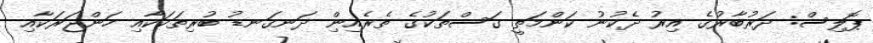
ޕޮލިސް: ދަރުބާރުގެ އިރު ދެކުނު ކަންމަތީ ގަސްތަކުގެ ތެރެއިނިް ދަނގަނޑު ބުރިތަކަކާއި ހަންޖަރަކާއި